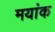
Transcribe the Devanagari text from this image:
मयांक